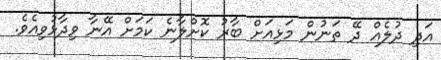
އަދި ދުލެއް ދޭ ތަނުން މަޅިއަށް ބާރު ކޮށްލާނެ ކަމަށް އޭނާ ވިދާޅުވިއެވެ.